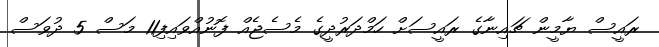
ރައީސް ޔާމީން ޗައިނާގެ ރައީސަށް ހަމްދަރުދީގެ މެސެޖެއް ފޮނުއްވައިފި11 މަސް 5 ދުވަސް